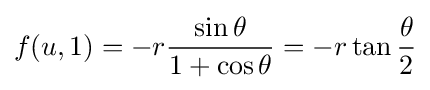
f(u,1)=-r{\frac {\sin \theta }{1+\cos \theta }}=-r\tan {\frac {\theta }{2}}